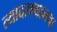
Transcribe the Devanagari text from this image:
त्यादरम्यानचा